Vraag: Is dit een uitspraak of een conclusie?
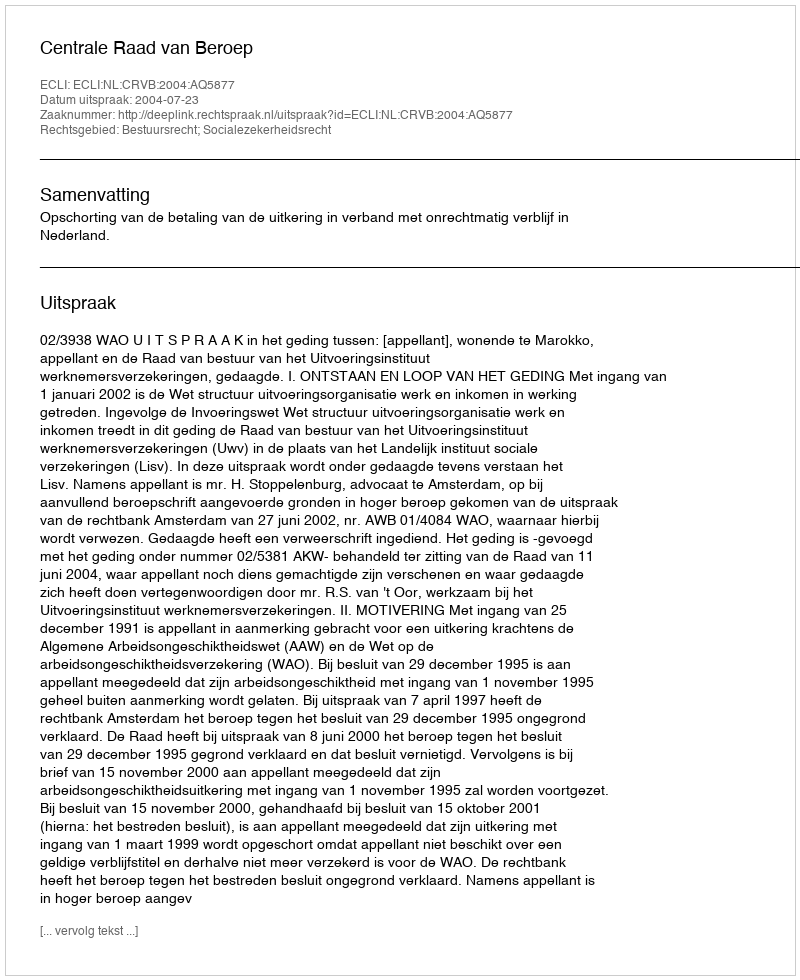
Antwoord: Uitspraak